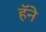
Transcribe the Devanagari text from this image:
हॅने